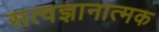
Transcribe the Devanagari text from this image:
सत्वज्ञानात्मक